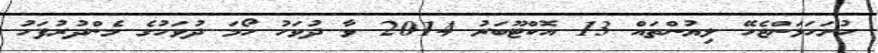
ހުށަހަޅަންޖެހޭ ލިޔުންތައް 13 އޮކްޓޫބަރު 2014 ވާ ދުވަހު ހޯމަ ދުވަހުގެ މެންދުރުފަހު